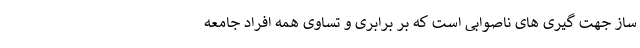
ساز جهت گیری های ناصوابی است که بر برابری و تساوی همه افراد جامعه